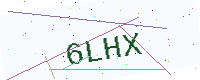
Text: 6LHX